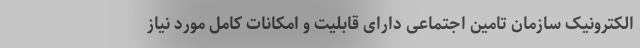
الکترونیک سازمان تامین اجتماعی دارای قابلیت و امکانات کامل مورد نیاز